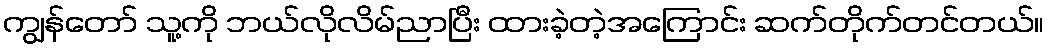
ကျွန်တော် သူ့ကို ဘယ်လိုလိမ်ညာပြီး ထားခဲ့တဲ့အကြောင်း ဆက်တိုက်တင်တယ်။